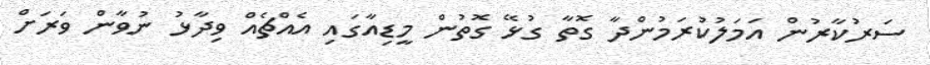
ސަރުކާރުން އަމަލުކުރަމުންދާ ގޮތާ ގުޅޭ ގޮތުން މީޑިއާގައި އެއްޗެއް ވިދާޅު ނުވާން ވަރަށް